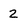
Character: 2